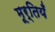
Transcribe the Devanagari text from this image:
मूर्तियँ